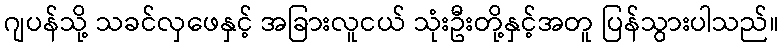
ဂျပန်သို့ သခင်လှဖေနှင့် အခြားလူငယ် သုံးဦးတို့နှင့်အတူ ပြန်သွားပါသည်။